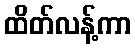
ထိတ်လန့်ကာ